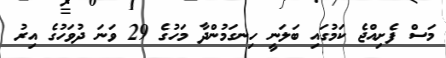
މަސް ފެށިއްޖެ ކަމުގައި ބަލަނީ ހިނގަމުންދާ މަހުގެ 29 ވަނަ ދުވަހުގެ އިރު